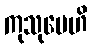
ကုသုမေဟိ